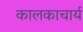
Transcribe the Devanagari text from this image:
कालकाचार्य